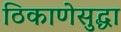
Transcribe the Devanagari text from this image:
ठिकाणेसुद्धा